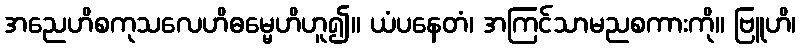
အညေဟိစကုသလေဟိဓမ္မေဟိဟူ၍။ ယံပနေတံ၊ အကြင်သာမညစကားကို။ ဗြူဟိ၊